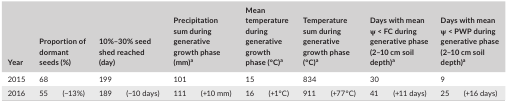
<table><thead><tr><td><b>Year</b></td><td colspan="2"><b>Proportion of dormant seeds (%)</b></td><td colspan="2"><b>10%–30% seed shed reached (day)</b></td><td colspan="2"><b>Precipitation sum during generative growth phase (mm)a</b></td><td colspan="2"><b>Mean temperature during generative growth phase (°C)a</b></td><td colspan="2"><b>Temperature sum during generative growth phase (°C)a</b></td><td colspan="2"><b>Days with mean ψ &lt; FC during generative phase (2–10 cm soil depth)a</b></td><td colspan="2"><b>Days with mean ψ &lt; PWP during generative phase (2–10 cm soil depth)a</b></td></tr></thead><tbody><tr><td>2015</td><td>68</td><td> </td><td>199</td><td> </td><td>101</td><td> </td><td>15</td><td> </td><td>834</td><td> </td><td>30</td><td> </td><td>9</td><td> </td></tr><tr><td>2016</td><td>55</td><td>(−13%)</td><td>189</td><td>(−10 days)</td><td>111</td><td>(+10 mm)</td><td>16</td><td>(+1°C)</td><td>911</td><td>(+77°C)</td><td>41</td><td>(+11 days)</td><td>25</td><td>(+16 days)</td></tr></tbody></table>